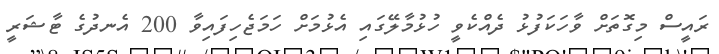
ރައީސް މިގޮތަށް ވާހަކަފުޅު ދެއްކެވީ ހުޅުމާލޭގައި އެޅުމަށް ހަމަޖެހިފައިވާ 200 އެނދުގެ ޓާޝަރީ